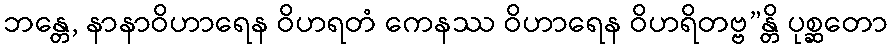
ဘန္တေ, နာနာဝိဟာရေန ဝိဟရတံ ကေနဿ ဝိဟာရေန ဝိဟရိတဗ္ဗ”န္တိ ပုစ္ဆတော